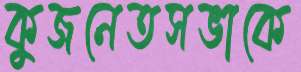
কুজনেতসভাকে